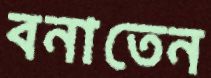
বনাতেন